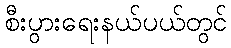
စီးပွားရေးနယ်ပယ်တွင်